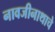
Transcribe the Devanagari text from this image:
नावजीनाथाचे